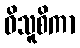
ဝိသူစိကာ